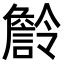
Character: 𧫹